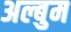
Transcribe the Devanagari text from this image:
अल्बुम